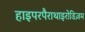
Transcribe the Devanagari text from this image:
हाइपरपैराथाइरोडिज़म